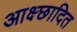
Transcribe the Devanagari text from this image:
आक्ष्छादित